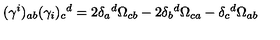
( \gamma ^ { i } ) _ { a b } ( \gamma _ { i } ) _ { c } { } ^ { d } = 2 \delta _ { a } { } ^ { d } \Omega _ { c b } - 2 \delta _ { b } { } ^ { d } \Omega _ { c a } - \delta _ { c } { } ^ { d } \Omega _ { a b }